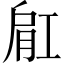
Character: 𬛀